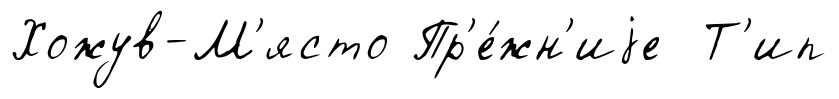
Хожув-М'ясто Пр'е́жн'иjе Т'ип